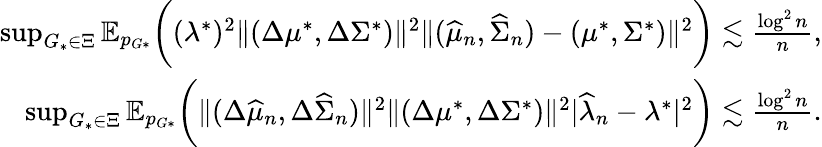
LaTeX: \begin{array}{r}{\operatorname*{sup}_{G_{*}\in\Xi}\mathbb{E}_{p_{G*}}\biggr((\lambda^{*})^{2}\| (\Delta\mu^{*},\Delta\Sigma^{*})\| ^{2}\| (\widehat{\mu}_{n},\widehat{\Sigma}_{n})-(\mu^{*},\Sigma^{*})\| ^{2}\biggr)\lesssim\frac{\log^{2}n}{n},}\\ {\operatorname*{sup}_{G_{*}\in\Xi}\mathbb{E}_{p_{G*}}\biggr(\| (\Delta\widehat{\mu}_{n},\Delta\widehat{\Sigma}_{n})\| ^{2}\| (\Delta\mu^{*},\Delta\Sigma^{*})\| ^{2}|\widehat{\lambda}_{n}-\lambda^{*}|^{2}\biggr)\lesssim\frac{\log^{2}n}{n}.}\end{array}